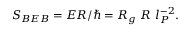
S _ { B E B } = E R / \hbar = R _ { g } ~ R ~ l _ { P } ^ { - 2 } .